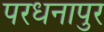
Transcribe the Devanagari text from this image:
परधनापुर